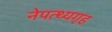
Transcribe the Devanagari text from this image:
नेपत्थ्यगृह